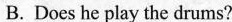
B.Does he play the drums?